Account of plague administration in the Bombay Presidency from September 1896 till May 1897
Year: 1896
Disease focus: Plague
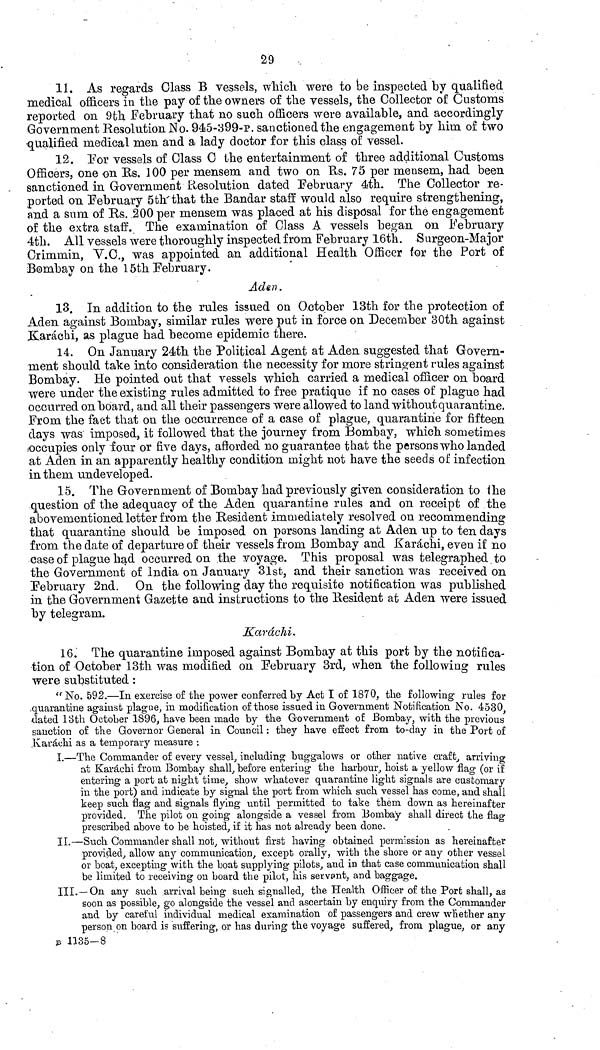
29
11. As regards Glass Β vessels, which, were to be inspected by qualified
medical officers in the pay of the owners of the vessels, the Collector of Customs
reported on 9th February that no such officers were available, and accordingly
Government Resolution No. 9e5-399-p. sanctioned the engagement by him of two
•qualified medical, men and a lady doctor for this class of vessel.
12. For vessels of Class C the entertainment of three additional Customs
Officers, one on Us. 100 per mensem and two on Us. 75 per mensem, had been
sanctioned in Government Resolution dated February 4th. The Collector re-
ported on February 5th'that the Bandar staff would also require strengthening,
and a sum of Us. 200 per mensem was placed at his disposal for the engagement
of the extra staff. The examination of Class Λ vessels began on February
4th. All vessels were thoroughly inspected from February 16th. Surgeon-Major
Crimmin, Y.O., was appointed an additional Health Officer for the Port of
Bombay on the 15th February.
Aden.
13. In addition to the rules issued on October 13th for the protection of
Aden against Bombay, similar rules were put in force on December 30th against
.Karachi, as plague had become epidemic there.
14. On January 24th the Political Agent at Aden suggested that Govern-
ment should take into consideration the necessity for more stringent rules against
Bombay. He pointed out that vessels which carried a medical officer on board
were under the existing rules admitted to free pratique if no cases of plague had
occurred onboard, and all their passengers were allowed to land without quarantine.
From the fact that on the occurrence of a case of plague, quarantine for fifteen
days was imposed, it followed that the journey from Bombay, which sometimes
occupies only four or five days, afforded no guarantee that the persons who landed
at Aden in an apparently healthy condition might not have the seeds of infection
in them undeveloped.
15. The Government of Bombay had previously given consideration to the
question of the adequacy of the Aden quarantine rules and on receipt of the
abovementioned letter from the Resident immediately resolved on recommending
that quarantine should be imposed on persons landing at Aden up to ten days
from the date of departure of their vessels from Bombay and Karachi, even if no
case of plague had occurred on the voyage. This proposal was telegraphed to
the Government of India on January 31st, and their sanction was received on
February 2nd. On the following day the requisite notification was published
in the Government Gazette and instructions to the Resident at Aden were issued
by telegram.
Karachi.
16. The quarantine imposed against Bombay at this port by the notifica-
tion of October 13th was modified on February 3rd, when the following rules
were substituted :
"No. 592.—In exercise of the power conferred by Act I of 1870, the following rules for
-quarantine against plague, in modification of those issued in Government Notification No. 4530
dated 13th October 1896, have been made by the Government of Bombay, with the previous*
sanction of the Governor General in Council : they have effect from to-day in the Port of
.Karachi as a temporary measure :
I.—The Commander of every vessel, including buggalows or other native craft, arriving
at Karachi from Bombay shall, before entering the harbour, hoist a yellow fla<y (or if
entering a port at night time, show whatever quarantine light signals are customary
in the port) and indicate by signal the port from which such vessel has come, and shall
keep such flag and signals flying until permitted to take them down as hereinafter
provided. The pilot on going alongside a vessel from Bombay shall direct the fla»·
prescribed above to be hoisted, if it has not already been done.
II.—Such Commander shall not, without first having obtained permission as hereinafter
provided, allow any communication, except orally, with the shore or any other vessel
or boat, excepting with the boat supplying pilots, and in that case communication shall
be limited to receiving on board the pilot, his servant, and baggage.
III.—On any such arrival being such signalled, the Health Officer of the Port shall, as
soon as possible, go alongside the vessel and ascertain by enquiry from the Commander
and by careful individual medical examination of passengers and crew whether any
person on board is suffering, or has during the voyage suffered, from plague, or any
s 1135—8